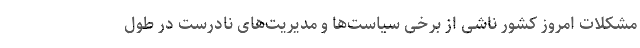
مشکلات امروز کشور ناشی از برخی سیاست‌ها و مدیریت‌های نادرست در طول